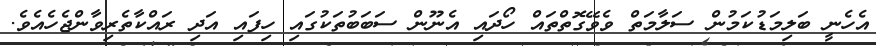
އެހެނީ ބަލިމަޑުކަމުން ސަލާމަތް ވެވޭގޮތްތައް ހޯދައި އެނޫން ސަބަބުތަކުގައި ހިފައި އަދި ރައްކާތެރިވާންޖެހެއެވެ.